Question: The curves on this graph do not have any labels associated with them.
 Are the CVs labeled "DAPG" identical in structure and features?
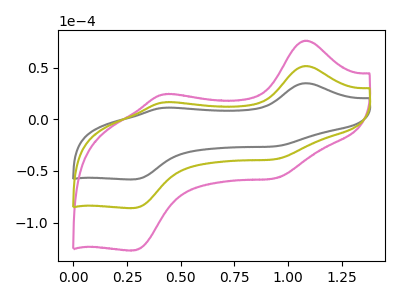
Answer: <think>The gray curve "gray" has anodic peaks at (1.10V, 34.85uA) (0.40V, 11.05uA) and cathodic peaks at (0.95V, -26.15uA) (0.30V, -58.20uA). The pink curve "pink" has anodic peaks at (1.10V, 102.90uA) (0.40V, 32.65uA) and cathodic peaks at (0.95V, -77.25uA) (0.30V, -171.90uA). The olive curve "olive" has anodic peaks at (1.10V, 51.45uA) (0.40V, 16.30uA) and cathodic peaks at (0.95V, -38.60uA) (0.30V, -85.95uA).
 All the peaks in "gray" have a peak in "pink" at the same potential. Every peak in "gray" is lower than every peak in "pink". All the peaks in "gray" have a peak in "olive" at the same potential. Every peak in "gray" is lower than every peak in "olive". All the peaks in "pink" have a peak in "olive" at the same potential. Every peak in "pink" is higher than every peak in "olive".</think>
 <answer>All the CV's of "DAPG" have similar shape.</answer>
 <eval>follow_rule</eval>